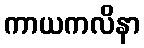
ကာယကလိနာ